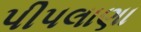
પીપલાણા